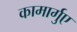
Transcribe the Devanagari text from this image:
कामार्गुए